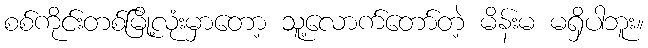
စစ်ကိုင်းတစ်မြို့လုံးမှာတော့ သူ့လောက်တော်တဲ့ မိန်းမ မရှိပါဘူး။